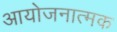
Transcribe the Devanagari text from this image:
आयोजनात्मक